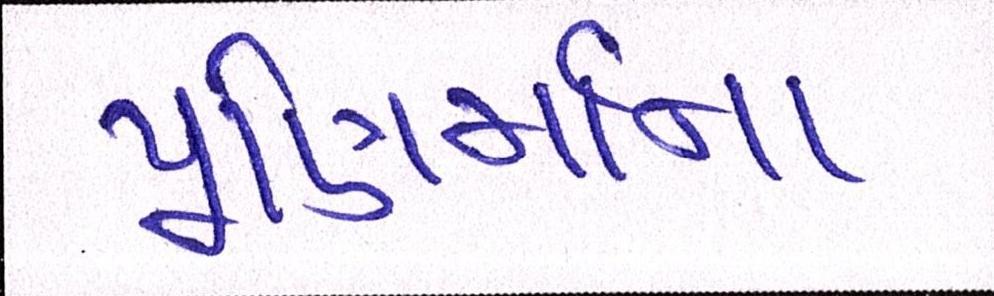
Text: પૂણિર્માના